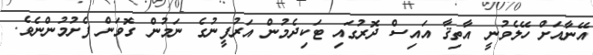
އޭނާއަށް ހޭލެވުނީ އާތިޤާ އައިސް ދޮރުގައި ޓަކިދެމުން އަރުފީނުގެ ނަމުން ގޮވަން ފެށުމުންނެވެ.